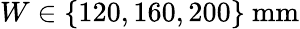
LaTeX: W\in\{ 120,160,200\} \ \mathrm{mm}